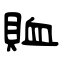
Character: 賉